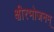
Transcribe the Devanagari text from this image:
क्षीरभोजनम्